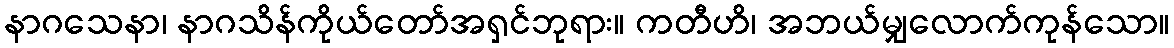
နာဂသေနာ၊ နာဂသိန်ကိုယ်တော်အရှင်ဘုရား။ ကတီဟိ၊ အဘယ်မျှလောက်ကုန်သော။